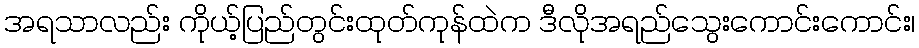
အရသာလည်း ကိုယ့်ပြည်တွင်းထုတ်ကုန်ထဲက ဒီလိုအရည်သွေးကောင်းကောင်း၊